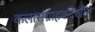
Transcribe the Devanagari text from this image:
कलासंग्राहकदेखील